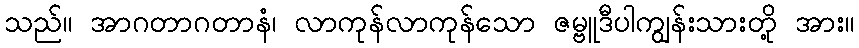
သည်။ အာဂတာဂတာနံ၊ လာကုန်လာကုန်သော ဇမ္ဗူဒီပါကျွန်းသားတို့ အား။